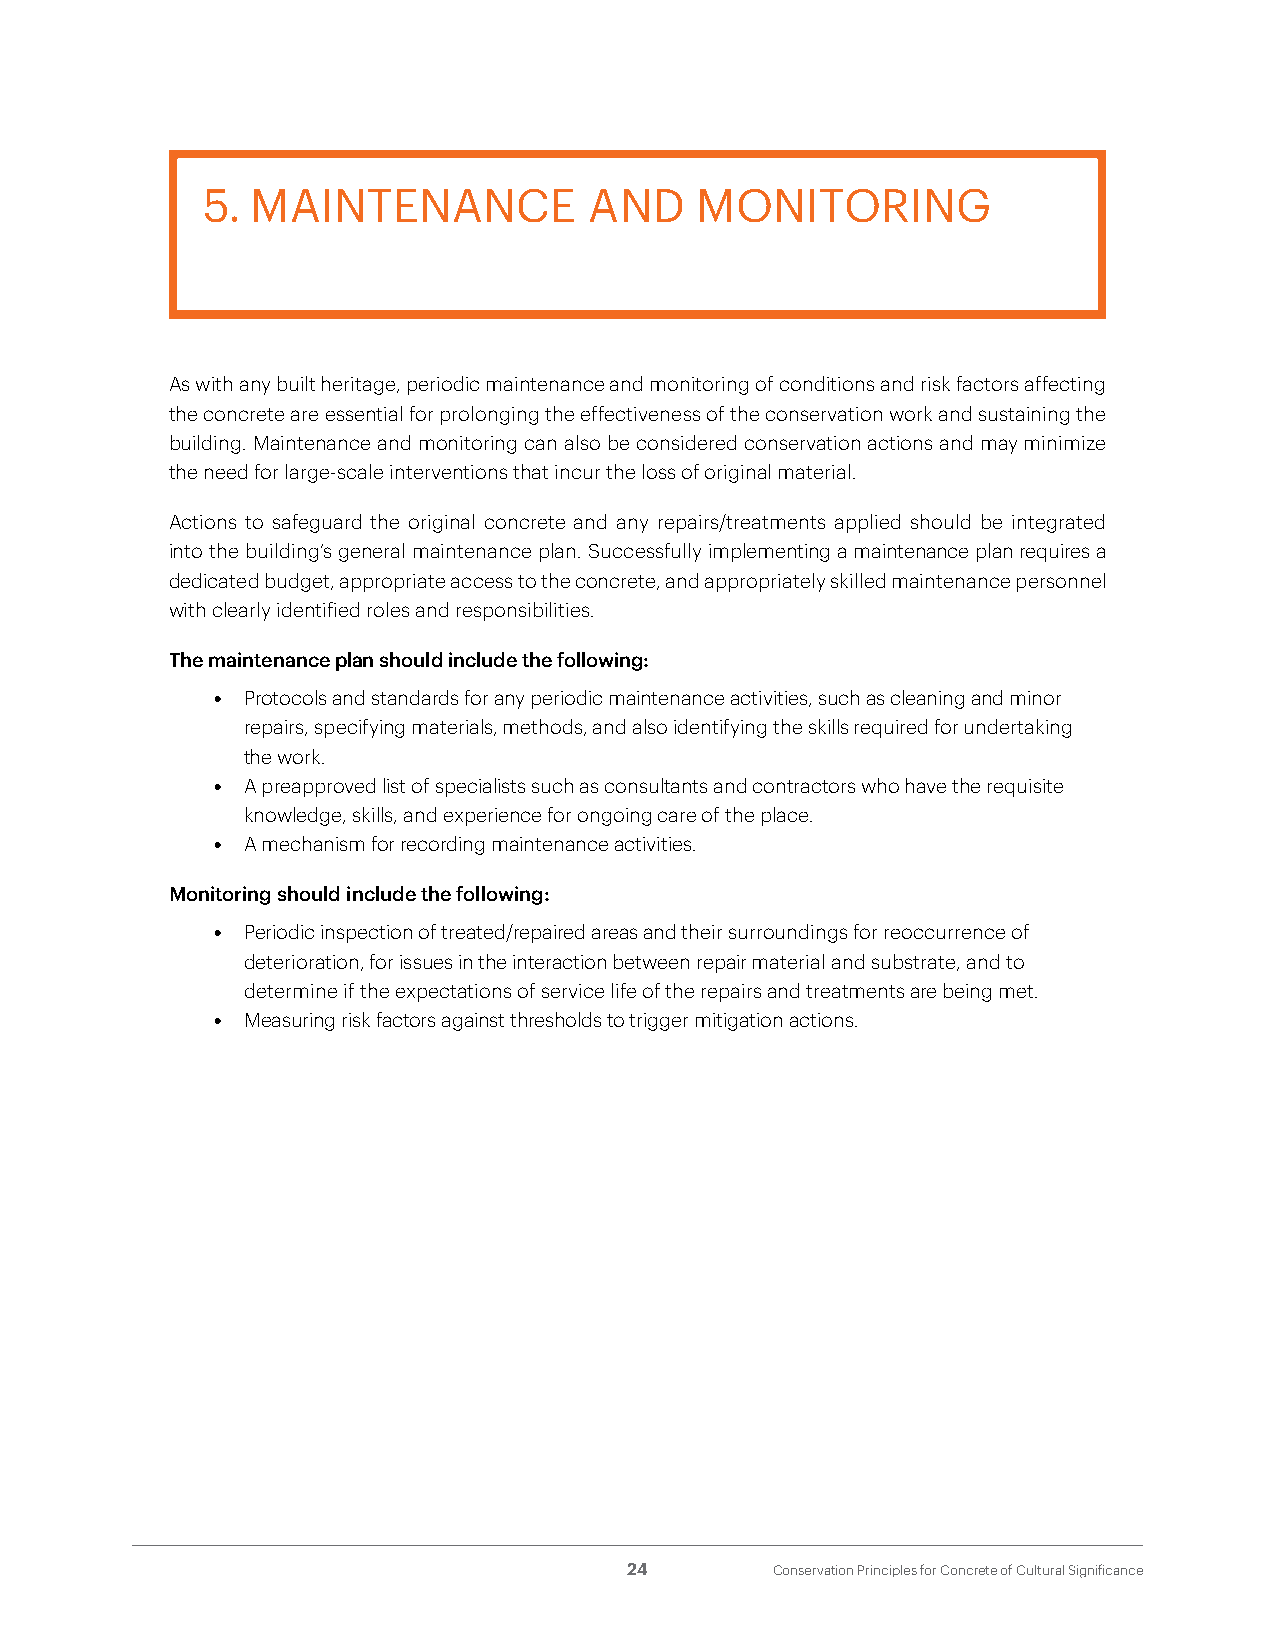
5.  MAINTENANCE           AND    MONITORING
 As with any built heritage, periodic maintenance and monitoring of conditions and risk factors affecting
 the concrete are essential for prolonging the effectiveness of the conservation work and sustaining the
 building. Maintenance and monitoring can also be considered conservation actions and may minimize
 the need for large-scale interventions that incur the loss of original material.
 Actions to safeguard the original concrete and any repairs/treatments applied should be integrated
 into the building’s general maintenance plan. Successfully implementing a maintenance plan requires a
 dedicated budget, appropriate access to the concrete, and appropriately skilled maintenance personnel
 with clearly identified roles and responsibilities.
 The maintenance plan should include the following:
 • Protocols and standards for any periodic maintenance activities, such as cleaning and minor
 repairs, specifying materials, methods, and also identifying the skills required for undertaking
 the work.
 • A preapproved list of specialists such as consultants and contractors who have the requisite
 knowledge, skills, and experience for ongoing care of the place.
 • A mechanism for recording maintenance activities.
 Monitoring should include the following:
 • Periodic inspection of treated/repaired areas and their surroundings for reoccurrence of
 deterioration, for issues in the interaction between repair material and substrate, and to
 determine if the expectations of service life of the repairs and treatments are being met.
 • Measuring risk factors against thresholds to trigger mitigation actions.
 24       Conservation Principles for Concrete of Cultural Significance